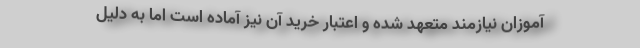
آموزان نیازمند متعهد شده و اعتبار خرید آن نیز آماده است اما به دلیل